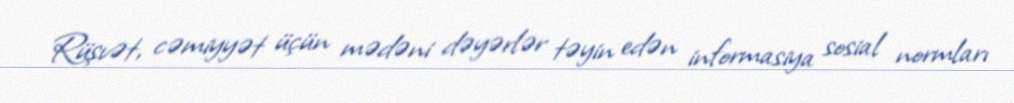
Rüşvət, cəmiyyət üçün mədəni dəyərlər təyin edən informasiya sosial normları